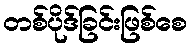
တစ်ပိုဒ်ခြင်းဖြစ်စေ